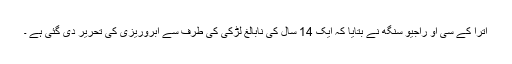
اترا کے سی او راجیو سنگھ نے بتایا کہ ایک 14 سال کی نابالغ لڑکی کی طرف سے آبروریزی کی تحریر دی گئی ہے ۔